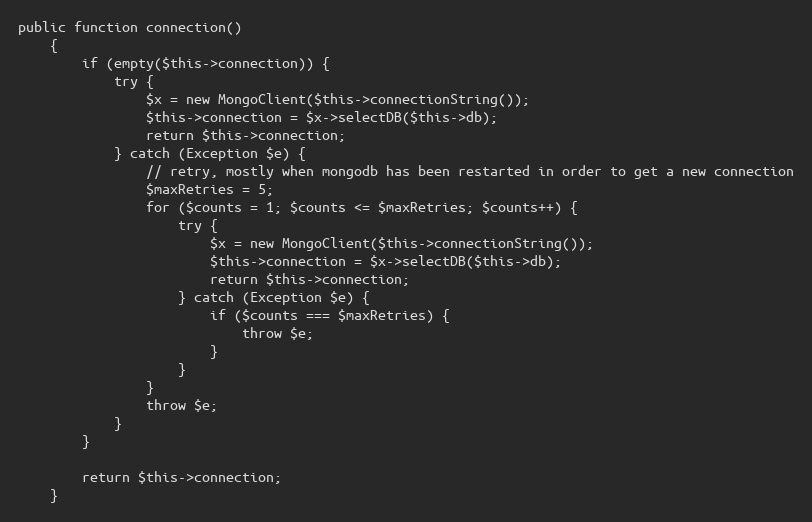
Language: PHP
public function connection()
    {
        if (empty($this->connection)) {
            try {
                $x = new MongoClient($this->connectionString());
                $this->connection = $x->selectDB($this->db);
                return $this->connection;
            } catch (Exception $e) {
                // retry, mostly when mongodb has been restarted in order to get a new connection
                $maxRetries = 5;
                for ($counts = 1; $counts <= $maxRetries; $counts++) {
                    try {
                        $x = new MongoClient($this->connectionString());
                        $this->connection = $x->selectDB($this->db);
                        return $this->connection;
                    } catch (Exception $e) {
                        if ($counts === $maxRetries) {
                            throw $e;
                        }
                    }
                }
                throw $e;
            }
        }

        return $this->connection;
    }